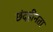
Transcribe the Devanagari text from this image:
छंदहीनता